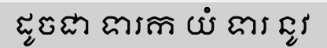
ដូចជា ទារក យំ ទារ នូវ